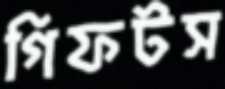
গিফটস